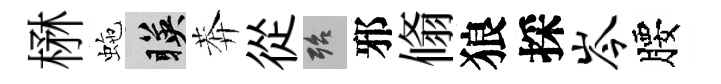
楙虵暎莾從殆邪翛狼採岑腰